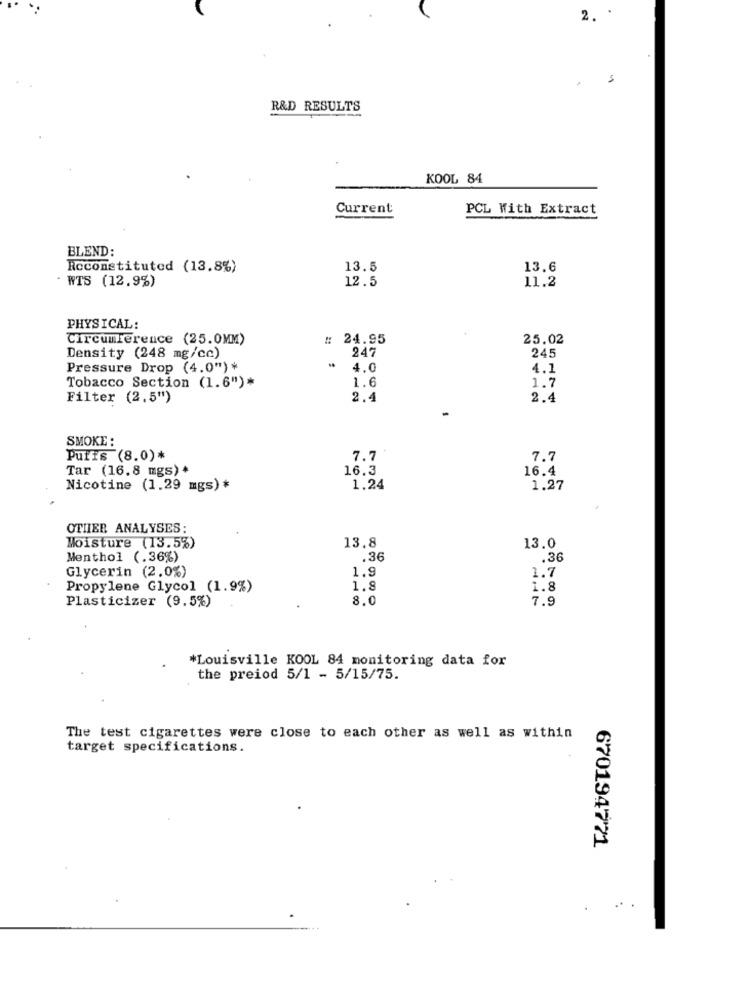
2. .
R&D RESULTS
KOOL 84
Current
PCL With Extract
BLEND:
Reconstituted (13.8%)
13.5
13.6
12.5
11.2
· WTS (12.9%)
PHYSICAL:
Circumference (25.0MM)
# 24.95
25.02
247
245
Density (248 mg/cc)
Pressure Drop (4.0") *
* 4.0
4.1
1.6
Tobacco Section (1.6")*
1.7
Filter (2.5")
2.4
2.4
SMOKE :
Puffs (8.0)*
7.7
7.7
Tar (16.8 mgs) +
16.3
16.4
Nicotine (1.29 mgs) *
1.24
1.27
OTHER ANALYSES:
Moisture (13.5%)
13.8
13.0
Menthol (.36%)
.36
.36
Glycerin (2.0%)
1.9
1.7
Propylene Glycol (1.9%)
1.8
1.8
Plasticizer (9.5%)
8.0
7.9
*Louisville KOOL 84 monitoring data for
the preiod 5/1 - 5/15/75.
The test cigarettes were close to each other as well as within
target specifications.
670194771